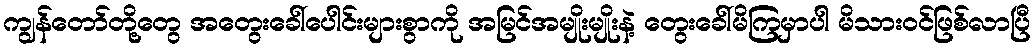
ကျွန်တော်တို့တွေ အတွေးခေါ်ပေါင်းများစွာကို အမြင်အမျိုးမျိုးနဲ့ တွေးခေါ်မိကြမှာပါ မိသားဝင်ဖြစ်လာပြီ